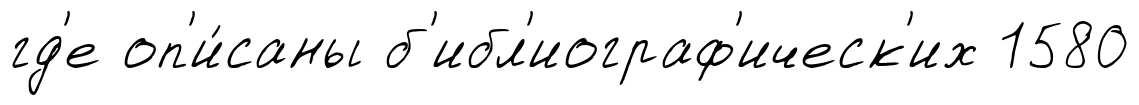
гд'е оп'и́саны б'ибл'иограф'ическ'их 1580